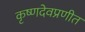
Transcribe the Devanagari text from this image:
कृष्णदेवप्रणीत